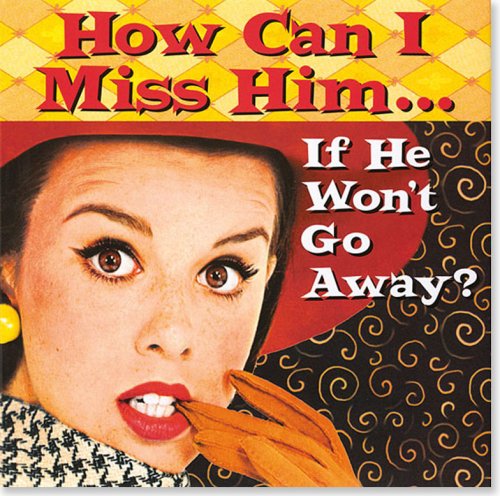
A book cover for How Can I Miss Him... If He Won't Go Away? (Keepsake Series); Nancy Rider Hunt; Humor & Entertainment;